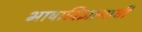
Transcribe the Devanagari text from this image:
भाषाविज्ञानाची